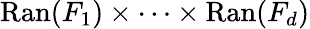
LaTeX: \operatorname{Ran}(F_{1})\times\cdots\times\operatorname{Ran}(F_{d})